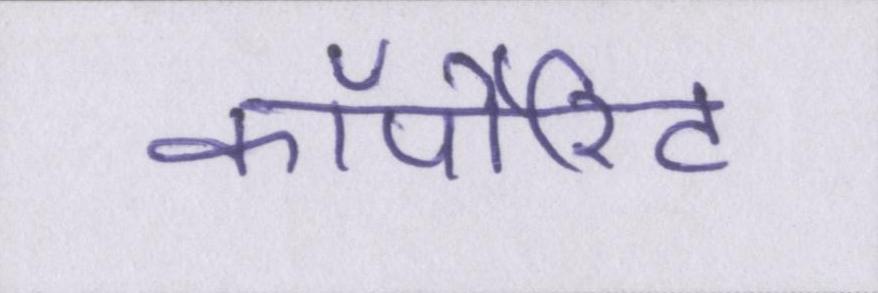
कॉर्पोरेट